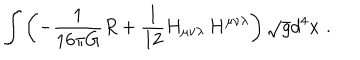
\int \left( - { \frac { 1 } { 1 6 \pi G } } R + { \frac { 1 } { 1 2 } } H _ { \mu \nu \lambda } \, H ^ { \mu \nu \lambda } \right) \sqrt { g } d ^ { 4 } x \, \, . \nonumber